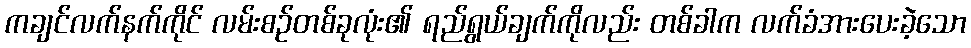
ကချင်လက်နက်ကိုင် လမ်းစဉ်တစ်ခုလုံး၏ ရည်ရွယ်ချက်ကိုလည်း တစ်ခါက လက်ခံအားပေးခဲ့သော